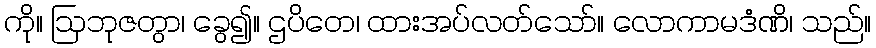
ကို။ ဩဘုဇတွာ၊ ခွေ၍။ ဌပိတေ၊ ထားအပ်လတ်သော်။ လောကာမဒံဏိ၊ သည်။